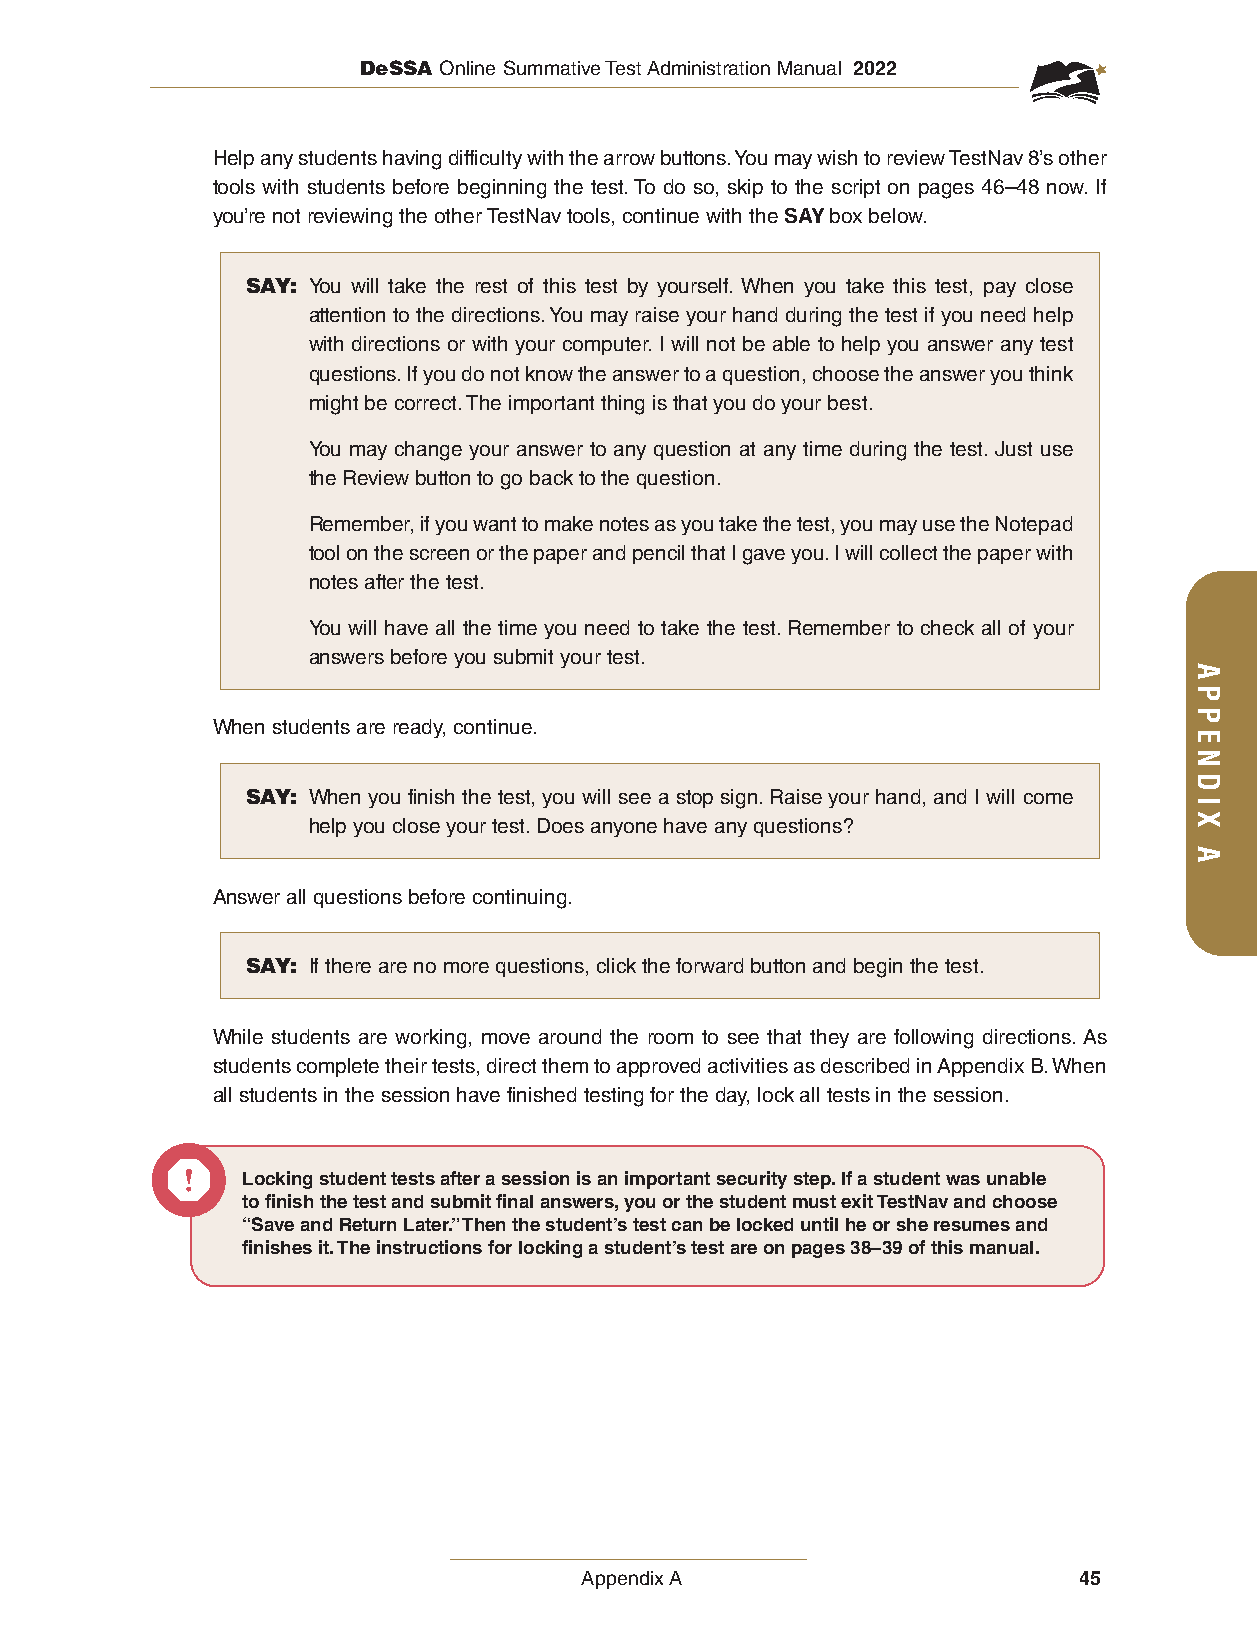
DeSSA Online Summative Test Administration Manual 2022
 Help any students having difficulty with the arrow buttons. You may wish to review TestNav 8’s other
 tools with students before beginning the test. To do so, skip to the script on pages 46–48 now. If
 you’re not reviewing the other TestNav tools, continue with the SAY box below.
 SAY: You will take the rest of this test by yourself. When you take this test, pay close
 attention to the directions. You may raise your hand during the test if you need help
 with directions or with your computer. I will not be able to help you answer any test
 questions. If you do not know the answer to a question, choose the answer you think
 might be correct. The important thing is that you do your best.
 You may change your answer to any question at any time during the test. Just use
 the Review button to go back to the question.
 Remember, if you want to make notes as you take the test, you may use the Notepad
 tool on the screen or the paper and pencil that I gave you. I will collect the paper with
 notes after the test.
 You will have all the time you need to take the test. Remember to check all of your
 answers before you submit your test.
 When students are ready, continue.
 SAY: When you finish the test, you will see a stop sign. Raise your hand, and I will come
 help you close your test. Does anyone have any questions?
 Answer all questions before continuing.
 SAY: If there are no more questions, click the forward button and begin the test.
 While students are working, move around the room to see that they are following directions. As
 students complete their tests, direct them to approved activities as described in Appendix B. When
 all students in the session have finished testing for the day, lock all tests in the session.
 Locking student tests after a session is an important security step. If a student was unable
 to finish the test and submit final answers, you or the student must exit TestNav and choose
 “Save and Return Later.” Then the student’s test can be locked until he or she resumes and
 finishes it. The instructions for locking a student’s test are on pages 38–39 of this manual.
 Appendix A                       45
 APPENDIX
 A